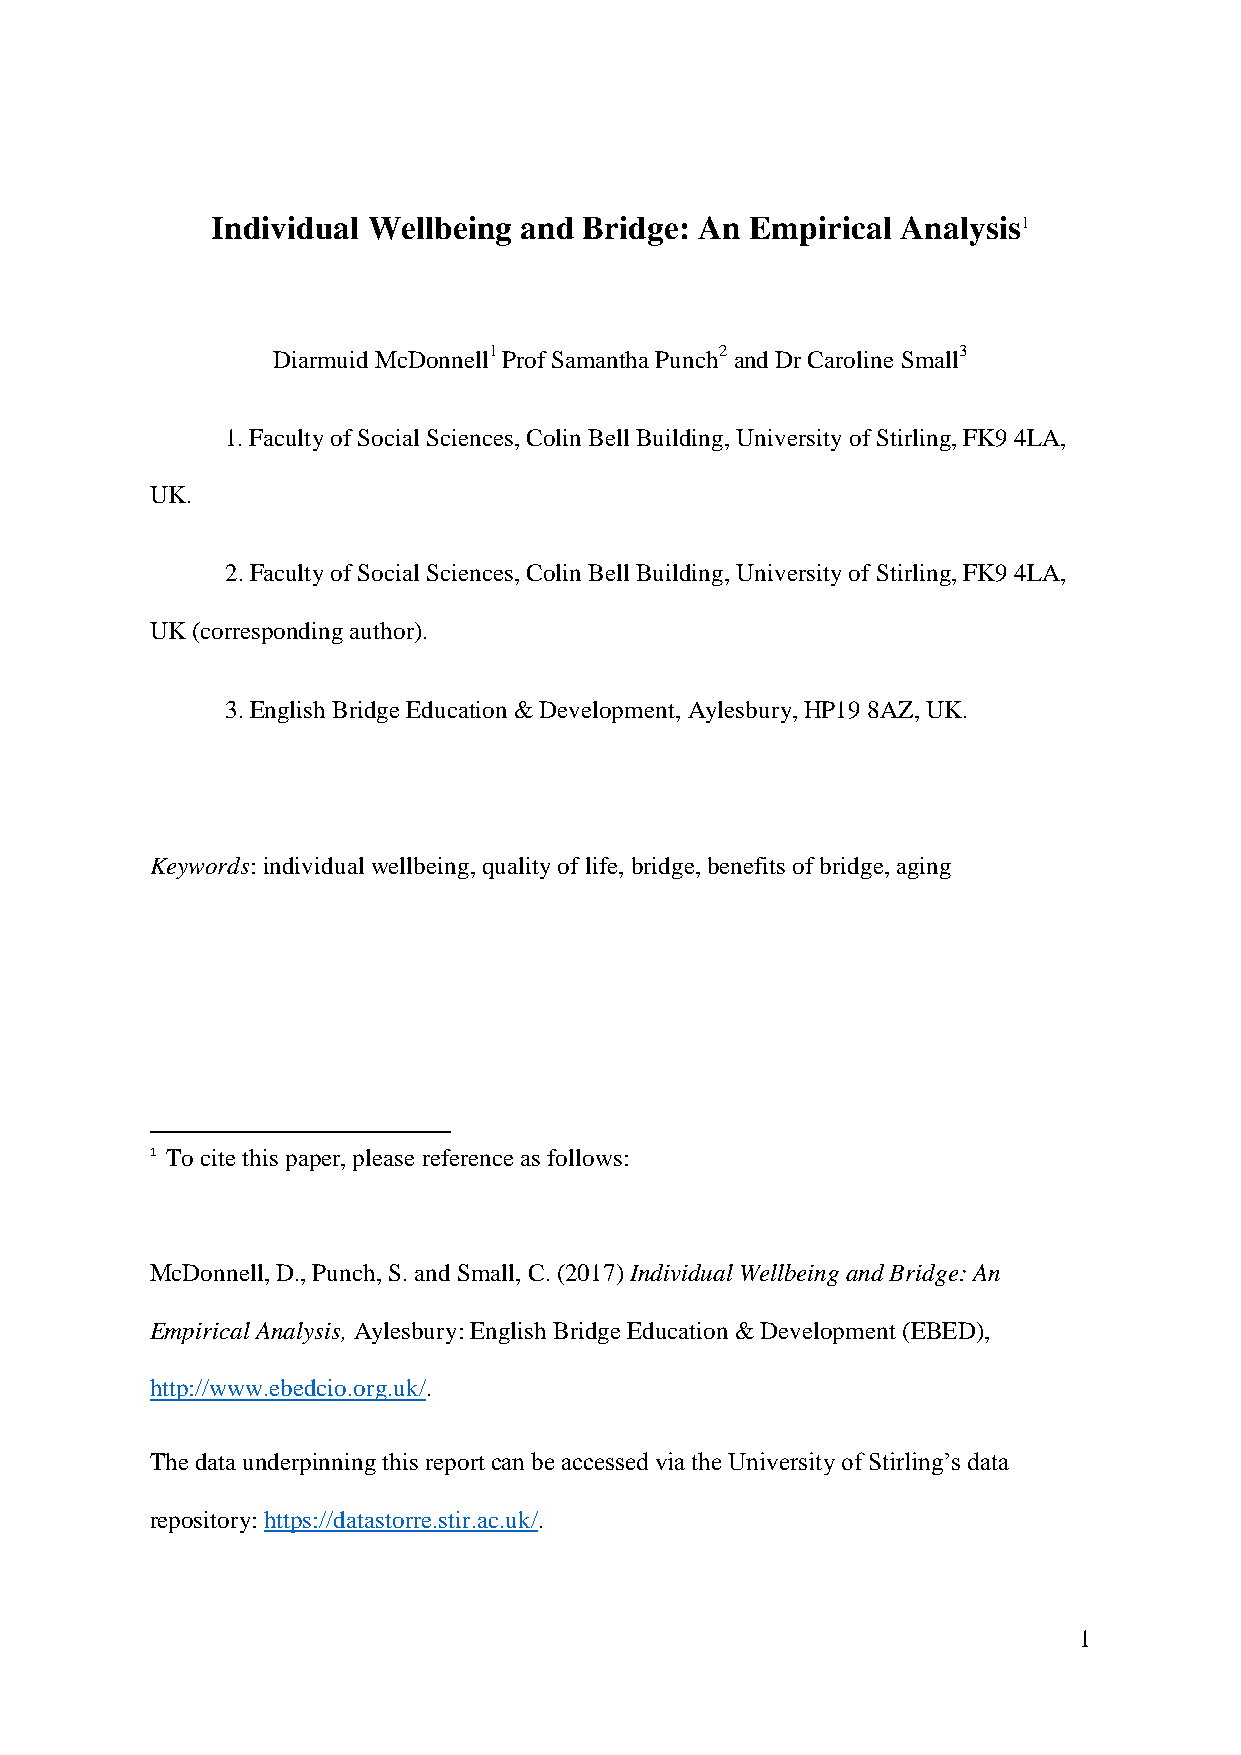
Individual Wellbeing and Bridge: An Empirical Analysis1
 Diarmuid McDonnell1 Prof Samantha Punch2 and Dr Caroline Small3
 1. Faculty of Social Sciences, Colin Bell Building, University of Stirling, FK9 4LA,
 UK.
 2. Faculty of Social Sciences, Colin Bell Building, University of Stirling, FK9 4LA,
 UK (corresponding author).
 3. English Bridge Education & Development, Aylesbury, HP19 8AZ, UK.
 Keywords: individual wellbeing, quality of life, bridge, benefits of bridge, aging
 1 To cite this paper, please reference as follows:
 McDonnell, D., Punch, S. and Small, C. (2017) Individual Wellbeing and Bridge: An
 Empirical Analysis, Aylesbury: English Bridge Education & Development (EBED),
 http://www.ebedcio.org.uk/.
 The data underpinning this report can be accessed via the University of Stirling’s data
 repository: https://datastorre.stir.ac.uk/.
 1